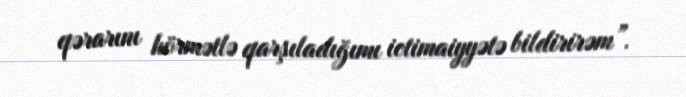
qərarını hörmətlə qarşıladığımı ictimaiyyətə bildirirəm”.